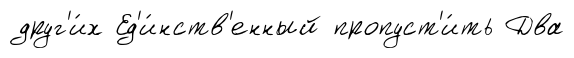
друг'и́х Ед'и́нств'енный пропуст'и́ть Два